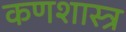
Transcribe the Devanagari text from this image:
कणशास्त्र